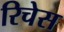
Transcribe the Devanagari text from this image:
रिचेस